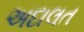
અદાલત